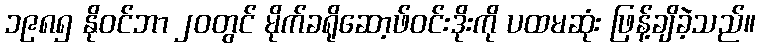
၁၉၈၅ နိုဝင်ဘာ ၂၀တွင် မိုက်ခရိုဆော့ဖ်ဝင်းဒိုးကို ပထမဆုံး ဖြန့်ချိခဲ့သည်။